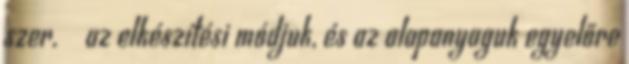
szer. az elkészítési módjuk, és az alapanyaguk egyelőre